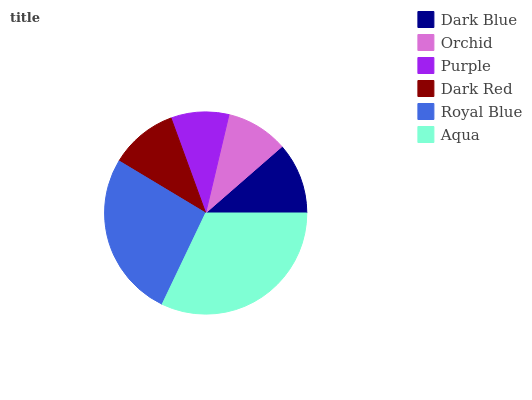
| Dark Blue | Orchid | Purple | Dark Red | Royal Blue | Aqua |
 | --- | --- | --- | --- | --- | --- |
 | 11.4% | 9.89% | 9.25% | 10.8% | 26.6% | 32.1% |